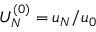
U _ { N } ^ { ( 0 ) } = u _ { N } / u _ { 0 }